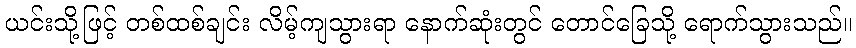
ယင်းသို့ဖြင့် တစ်ထစ်ချင်း လိမ့်ကျသွားရာ နောက်ဆုံးတွင် တောင်ခြေသို့ ရောက်သွားသည်။